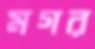
মগর